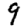
Digit: 9